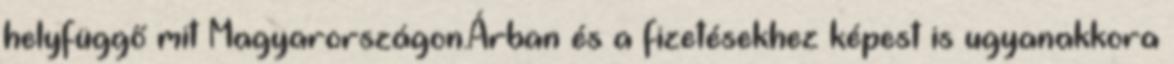
helyfüggő mit Magyarországon.Árban és a fizetésekhez képest is ugyanakkora